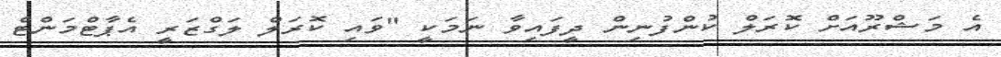
އެ މަޝްރޫއަށް ކޮރަލް ކުންފުނިން ދީފައިވާ ނަމަކީ "ވައި ކޮރަލް ލަގްޒަރީ އެޕާޓްމަންޓް